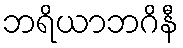
ဘရိယာဘဂိနီ